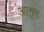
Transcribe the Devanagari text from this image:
आशृम